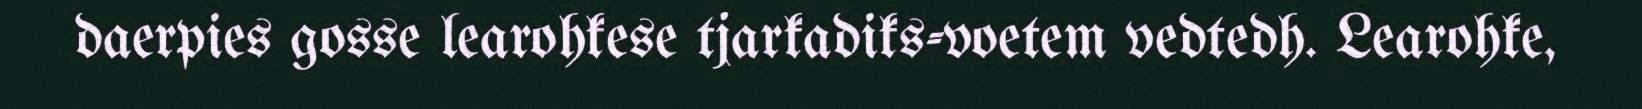
daerpies gosse learohkese tjarkadiks-voetem vedtedh. Learohke,